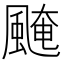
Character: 𩗷